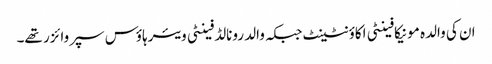
ان کی والدہ مونیکا فینٹی اکاؤنٹینٹ جبکہ والد رونالڈ فینٹی ویئرہاؤس سپروائزر تھے۔